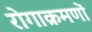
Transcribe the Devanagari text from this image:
रोगाक्रमणों